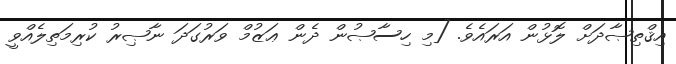
އިޤްތިޞާދަށް ލޮޅުން އަރައެވެ. [މި ހިސާޞުން ދެން ޢަޒުމް ވަރުގަދަ ނާޞިރު ކުރިމަތިލެއްވީ